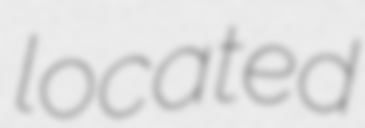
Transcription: located